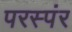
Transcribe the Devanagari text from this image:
परस्पंर